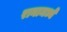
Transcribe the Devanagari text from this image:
रानामध्ये